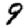
Digit: 9